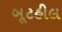
બૂટહીલ